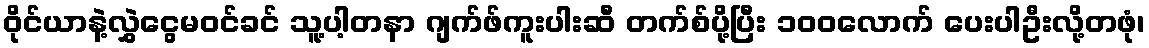
ဝိုင်ယာနဲ့လွှဲငွေမဝင်ခင် သူ့ပါ့တနာ ဂျက်ဖ်ကူးပါးဆီ တက်စ်ပို့ပြီး ၁၀၀လောက် ပေးပါဦးလို့တဖုံ၊